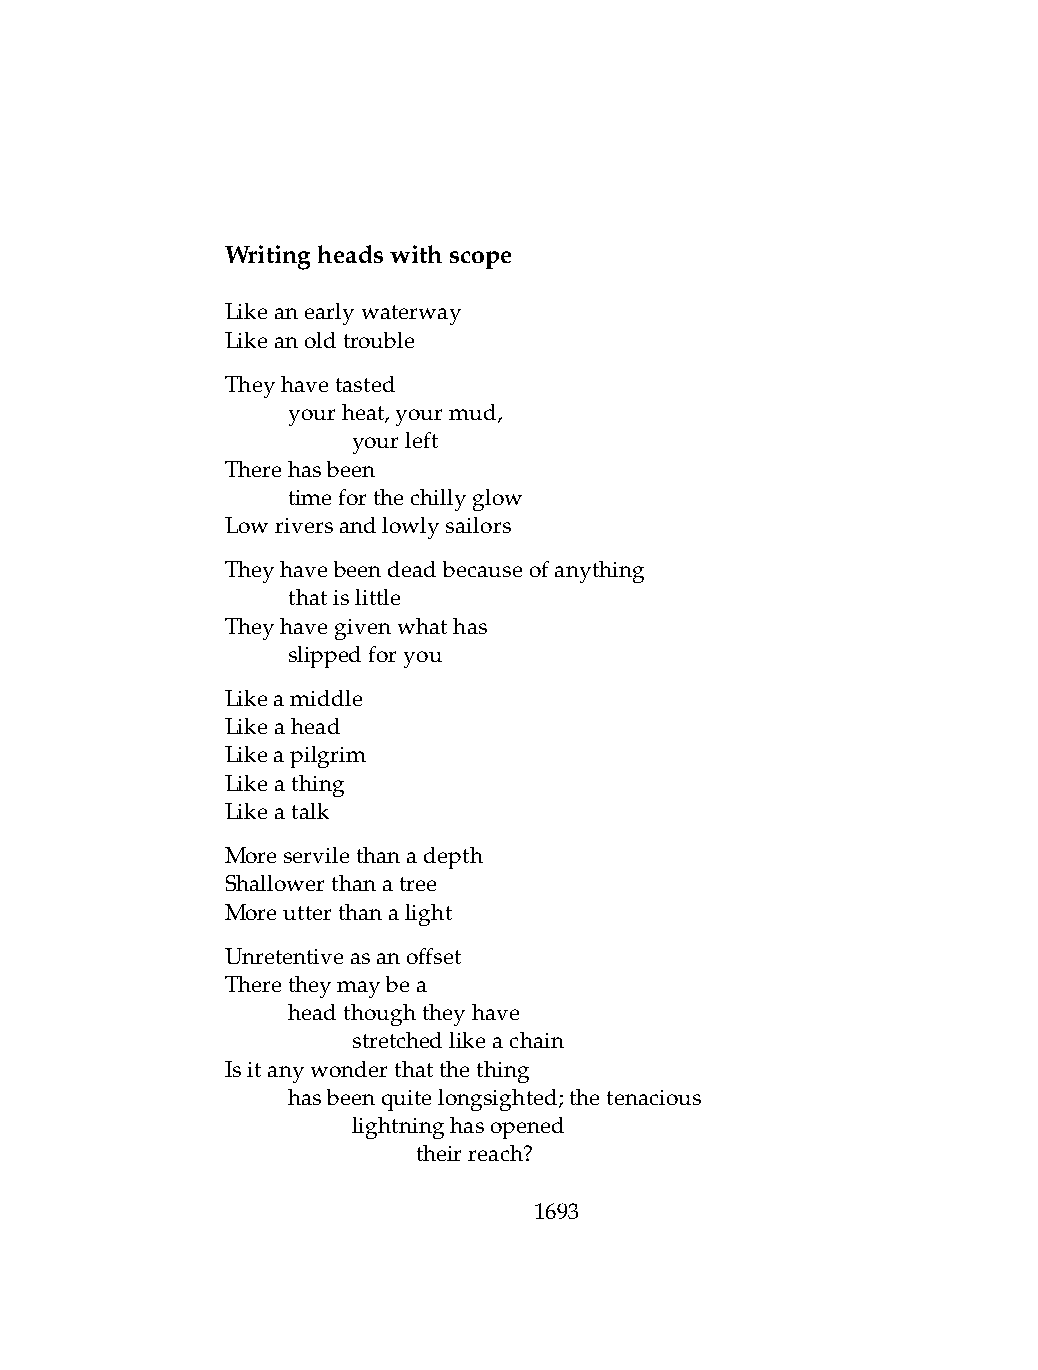
Writingheadswithscope
 Likeanearlywaterway
 Likeanoldtrouble
 Theyhavetasted
 .   yourheat,yourmud,
 .   .   yourleft
 Therehasbeen
 .   timeforthechillyglow
 Lowriversandlowlysailors
 Theyhavebeendeadbecauseofanything
 .   thatislittle
 Theyhavegivenwhathas
 .   slippedforyou
 Likeamiddle
 Likeahead
 Likeapilgrim
 Likeathing
 Likeatalk
 Moreservilethanadepth
 Shallowerthanatree
 Moreutterthanalight
 Unretentiveasanoffset
 Theretheymaybea
 .   headthoughtheyhave
 .   .   stretchedlikeachain
 Isitanywonderthatthething
 .   hasbeenquitelongsighted;thetenacious
 .   .   lightninghasopened
 .   .   .    theirreach?
 1693